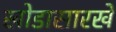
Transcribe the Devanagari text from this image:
खोडासारखे